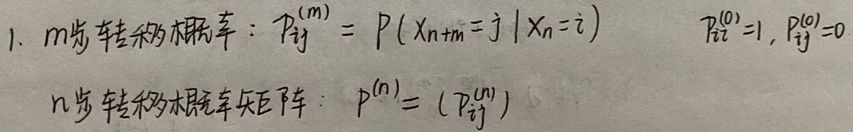
1. \(m\)步转移概率：\(P_{ij}^{(m)} = P(X_{n + m}=j|X_{n}=i)\)，\(P_{ii}^{(0)} = 1\)，\(P_{ij}^{(0)}=0\)。
\(n\)步转移概率矩阵：\(P^{(n)}=(P_{ij}^{(n)})\)